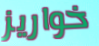
خواريز